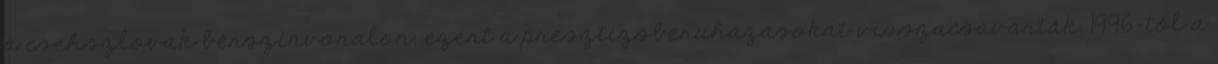
a csehszlovák bérszínvonalon, ezért a presztízsberuházásokat visszacsavarták. 1996-tól a